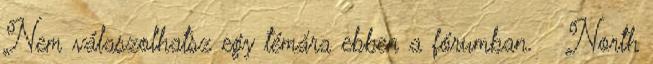
Nem válaszolhatsz egy témára ebben a fórumban. ◯ North